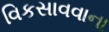
વિકસાવવાના